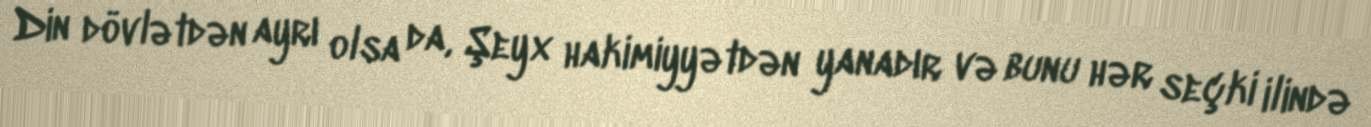
Din dövlətdən ayrı olsa da, Şeyx hakimiyyətdən yanadır və bunu hər seçki ilində